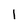
Character: l